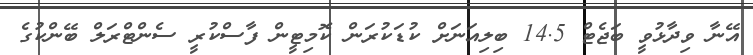
އޭނާ ވިދާޅުވީ ބަޖެޓް 14.5 ބިލިއަނަށް ކުޑަކުރަން ކޮމިޓީން ފާސްކުރީ ސެންޓްރަލް ބޭންކުގެ